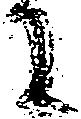
に